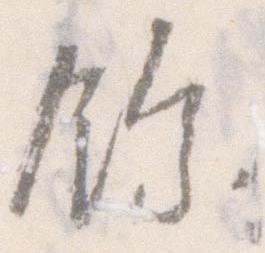
余